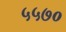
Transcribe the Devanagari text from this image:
५५७०